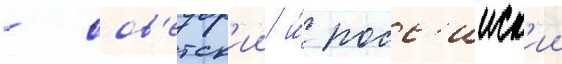
- сов'етск'ии и́ росс'ииск'ии